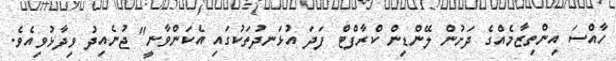
ހާއްސަ އިންތިޒާމެއްގެ ދަށުން ލޭންޑިން ކްރާފްޓް ފަދަ އުޅަނދުތަކުގައި އެކަންވާނީ" ޖުނެއިދު ވިދާޅުވިއެވެ.